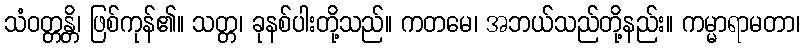
သံဝတ္တန္တိ၊ ဖြစ်ကုန်၏။ သတ္တ၊ ခုနစ်ပါးတို့သည်။ ကတမေ၊ အဘယ်သည်တို့နည်း။ ကမ္မာရာမတာ၊